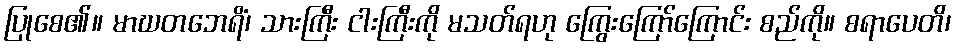
ပြုစေ၏။ မာဃတဘေရိံ၊ သားကြီး ငါးကြီးကို မသတ်ရဟု ကြွေးကြော်ကြောင်း စည်ကို။ စရာပေတိ၊